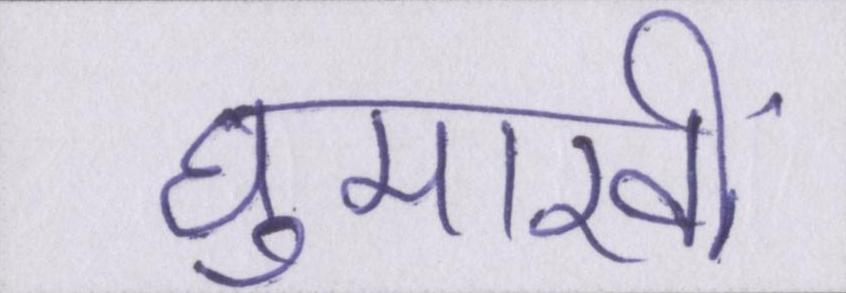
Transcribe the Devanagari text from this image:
घुमारवीं